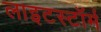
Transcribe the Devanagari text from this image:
लाइटस्टॉर्म